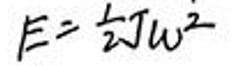
$E = \frac{1}{2} J \omega ^ {2}$